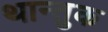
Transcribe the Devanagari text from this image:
थान्तुक